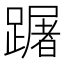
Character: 䠧